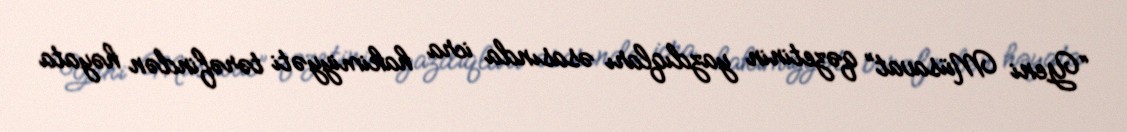
“Yeni Müsavat” qəzetinin yazdıqları əsasında icra hakimiyyəti tərəfindən həyata